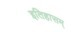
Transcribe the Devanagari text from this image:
इतिहासम्